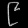
Digit: ၉